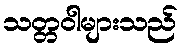
သတ္တဝါများသည်